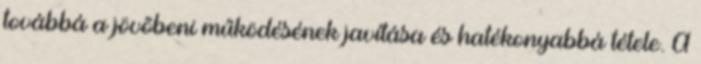
továbbá a jövőbeni működésének javítása és hatékonyabbá tétele. A